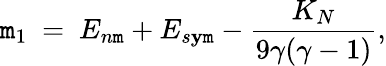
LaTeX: \mathtt{m}_{1}~=~E_{n\mathtt{m}}+E_{s\mathbf{y}\mathtt{m}}-{\frac{{K_{N}}}{{9\gamma(\gamma-1)}}},